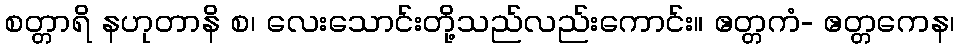
စတ္တာရိ နဟုတာနိ စ၊ လေးသောင်းတို့သည်လည်းကောင်း။ ဧတ္တကံ- ဧတ္တကေန၊